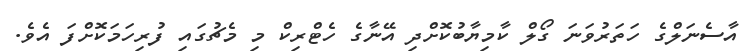
އާސެނަލްގެ ހަތަރުވަނަ ގޯލް ކާމިޔާބުކޮށްދި އޭނާގެ ހެޓްރިކް މި މެޗުގައި ފުރިހަމަކޮށްފަ އެވެ.